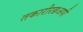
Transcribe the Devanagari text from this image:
तकारीरछअपी